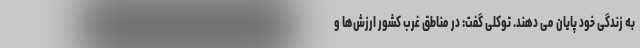
به زندگی خود پایان می دهند. توکلی گفت: در مناطق غرب کشور ارزش‌ها و